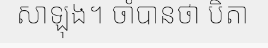
សាឡុង។ ចាំបានថា បិតា